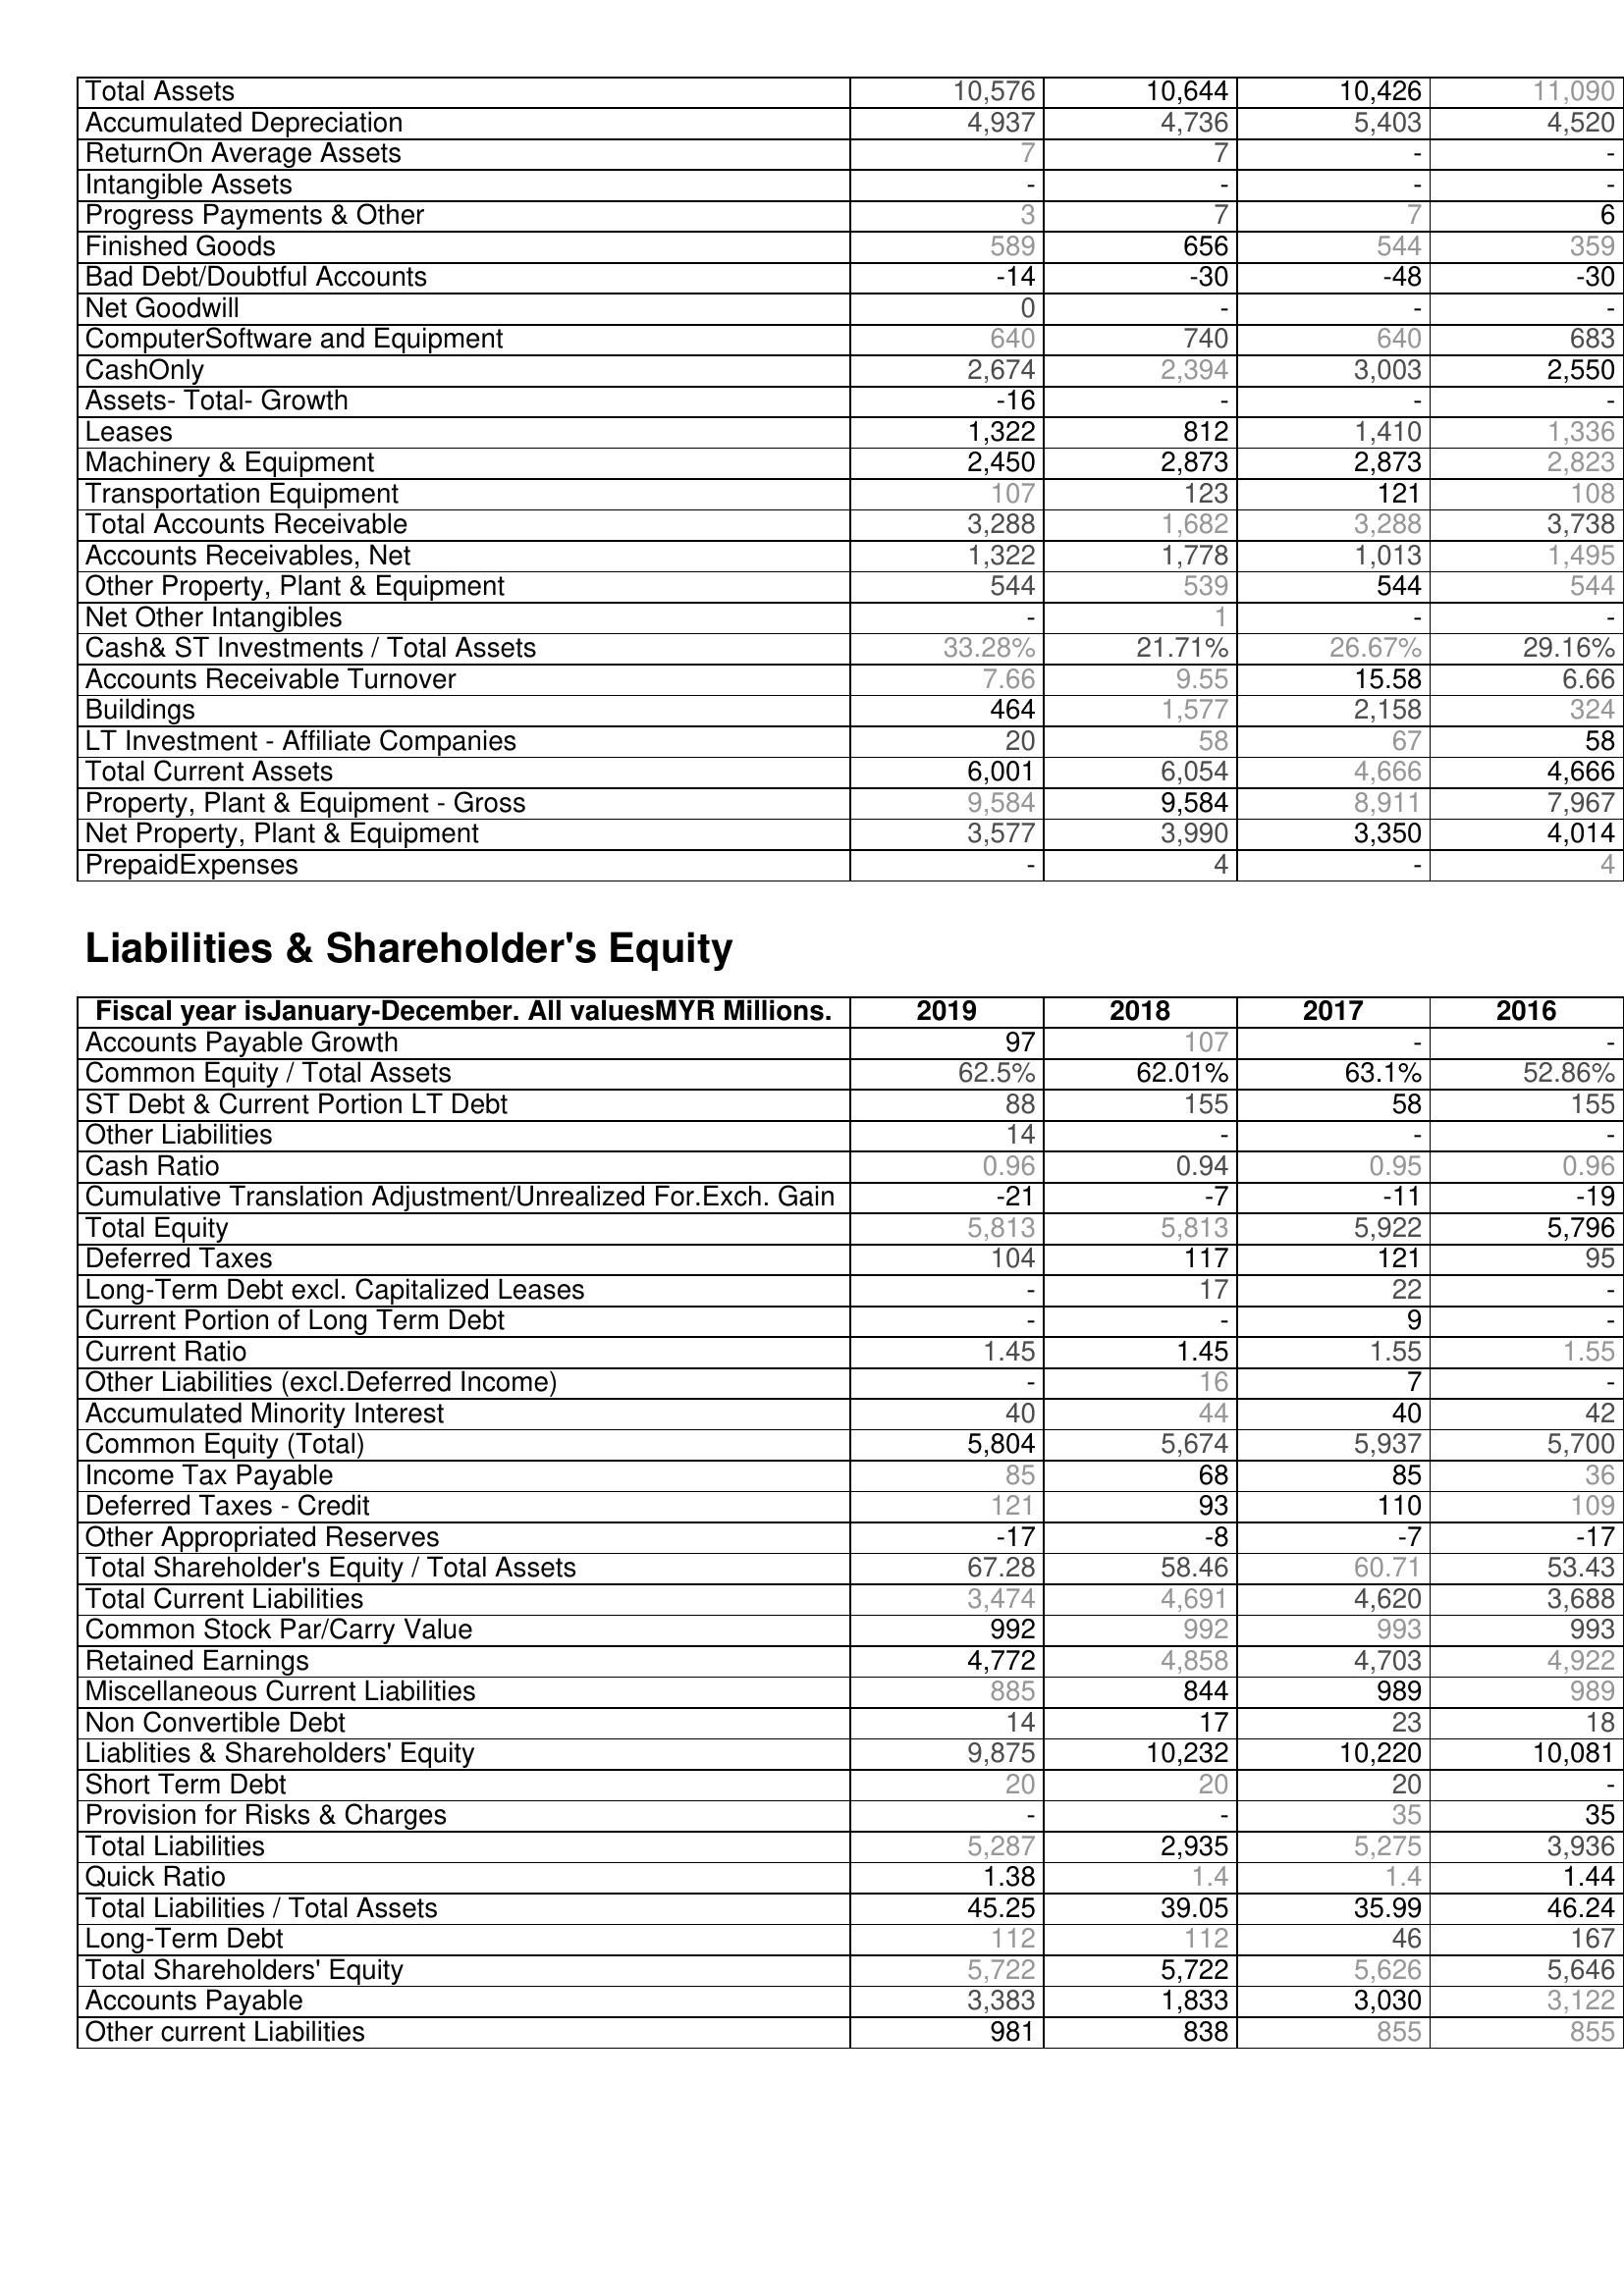
2019: Assets: Total Assets: 10,576
Accumulated Depreciation: 4,937
ReturnOn Average Assets: 7
Intangible Assets: -
Progress Payments & Other: 3
Finished Goods: 589
Bad Debt/Doubtful Accounts: -14
Net Goodwill: 0
ComputerSoftware and Equipment: 640
CashOnly: 2,674
Assets- Total- Growth: -16
Leases: 1,322
Machinery & Equipment: 2,450
Transportation Equipment: 107
Total Accounts Receivable: 3,288
Accounts Receivables, Net: 1,322
Other Property, Plant & Equipment: 544
Net Other Intangibles: -
Cash& ST Investments / Total Assets: 33.28%
Accounts Receivable Turnover: 7.66
Buildings: 464
LT Investment - Affiliate Companies: 20
Total Current Assets: 6,001
Property, Plant & Equipment - Gross : 9,584
Net Property, Plant & Equipment: 3,577
PrepaidExpenses: -
Liabilities & Shareholder's Equity: Accounts Payable Growth: 97
Common Equity / Total Assets: 62.5%
ST Debt & Current Portion LT Debt: 88
Other Liabilities: 14
Cash Ratio: 0.96
Cumulative Translation Adjustment/Unrealized For.Exch. Gain: -21
Total Equity: 5,813
Deferred Taxes: 104
Long-Term Debt excl. Capitalized Leases: -
Current Portion of Long Term Debt: -
Current Ratio: 1.45
Other Liabilities (excl.Deferred Income): -
Accumulated Minority Interest: 40
Common Equity (Total): 5,804
Income Tax Payable: 85
Deferred Taxes - Credit: 121
Other Appropriated Reserves: -17
Total Shareholder's Equity / Total Assets: 67.28
Total Current Liabilities: 3,474
Common Stock Par/Carry Value: 992
Retained Earnings: 4,772
Miscellaneous Current Liabilities: 885
Non Convertible Debt: 14
Liablities & Shareholders' Equity: 9,875
Short Term Debt: 20
Provision for Risks & Charges: -
Total Liabilities: 5,287
Quick Ratio: 1.38
Total Liabilities / Total Assets: 45.25
Long-Term Debt: 112
Total Shareholders' Equity: 5,722
Accounts Payable: 3,383
Other current Liabilities: 981
2018: Assets: Total Assets: 10,644
Accumulated Depreciation: 4,736
ReturnOn Average Assets: 7
Intangible Assets: -
Progress Payments & Other: 7
Finished Goods: 656
Bad Debt/Doubtful Accounts: -30
Net Goodwill: -
ComputerSoftware and Equipment: 740
CashOnly: 2,394
Assets- Total- Growth: -
Leases: 812
Machinery & Equipment: 2,873
Transportation Equipment: 123
Total Accounts Receivable: 1,682
Accounts Receivables, Net: 1,778
Other Property, Plant & Equipment: 539
Net Other Intangibles: 1
Cash& ST Investments / Total Assets: 21.71%
Accounts Receivable Turnover: 9.55
Buildings: 1,577
LT Investment - Affiliate Companies: 58
Total Current Assets: 6,054
Property, Plant & Equipment - Gross : 9,584
Net Property, Plant & Equipment: 3,990
PrepaidExpenses: 4
Liabilities & Shareholder's Equity: Accounts Payable Growth: 107
Common Equity / Total Assets: 62.01%
ST Debt & Current Portion LT Debt: 155
Other Liabilities: -
Cash Ratio: 0.94
Cumulative Translation Adjustment/Unrealized For.Exch. Gain: -7
Total Equity: 5,813
Deferred Taxes: 117
Long-Term Debt excl. Capitalized Leases: 17
Current Portion of Long Term Debt: -
Current Ratio: 1.45
Other Liabilities (excl.Deferred Income): 16
Accumulated Minority Interest: 44
Common Equity (Total): 5,674
Income Tax Payable: 68
Deferred Taxes - Credit: 93
Other Appropriated Reserves: -8
Total Shareholder's Equity / Total Assets: 58.46
Total Current Liabilities: 4,691
Common Stock Par/Carry Value: 992
Retained Earnings: 4,858
Miscellaneous Current Liabilities: 844
Non Convertible Debt: 17
Liablities & Shareholders' Equity: 10,232
Short Term Debt: 20
Provision for Risks & Charges: -
Total Liabilities: 2,935
Quick Ratio: 1.4
Total Liabilities / Total Assets: 39.05
Long-Term Debt: 112
Total Shareholders' Equity: 5,722
Accounts Payable: 1,833
Other current Liabilities: 838
2017: Assets: Total Assets: 10,426
Accumulated Depreciation: 5,403
ReturnOn Average Assets: -
Intangible Assets: -
Progress Payments & Other: 7
Finished Goods: 544
Bad Debt/Doubtful Accounts: -48
Net Goodwill: -
ComputerSoftware and Equipment: 640
CashOnly: 3,003
Assets- Total- Growth: -
Leases: 1,410
Machinery & Equipment: 2,873
Transportation Equipment: 121
Total Accounts Receivable: 3,288
Accounts Receivables, Net: 1,013
Other Property, Plant & Equipment: 544
Net Other Intangibles: -
Cash& ST Investments / Total Assets: 26.67%
Accounts Receivable Turnover: 15.58
Buildings: 2,158
LT Investment - Affiliate Companies: 67
Total Current Assets: 4,666
Property, Plant & Equipment - Gross : 8,911
Net Property, Plant & Equipment: 3,350
PrepaidExpenses: -
Liabilities & Shareholder's Equity: Accounts Payable Growth: -
Common Equity / Total Assets: 63.1%
ST Debt & Current Portion LT Debt: 58
Other Liabilities: -
Cash Ratio: 0.95
Cumulative Translation Adjustment/Unrealized For.Exch. Gain: -11
Total Equity: 5,922
Deferred Taxes: 121
Long-Term Debt excl. Capitalized Leases: 22
Current Portion of Long Term Debt: 9
Current Ratio: 1.55
Other Liabilities (excl.Deferred Income): 7
Accumulated Minority Interest: 40
Common Equity (Total): 5,937
Income Tax Payable: 85
Deferred Taxes - Credit: 110
Other Appropriated Reserves: -7
Total Shareholder's Equity / Total Assets: 60.71
Total Current Liabilities: 4,620
Common Stock Par/Carry Value: 993
Retained Earnings: 4,703
Miscellaneous Current Liabilities: 989
Non Convertible Debt: 23
Liablities & Shareholders' Equity: 10,220
Short Term Debt: 20
Provision for Risks & Charges: 35
Total Liabilities: 5,275
Quick Ratio: 1.4
Total Liabilities / Total Assets: 35.99
Long-Term Debt: 46
Total Shareholders' Equity: 5,626
Accounts Payable: 3,030
Other current Liabilities: 855
2016: Assets: Total Assets: 11,090
Accumulated Depreciation: 4,520
ReturnOn Average Assets: -
Intangible Assets: -
Progress Payments & Other: 6
Finished Goods: 359
Bad Debt/Doubtful Accounts: -30
Net Goodwill: -
ComputerSoftware and Equipment: 683
CashOnly: 2,550
Assets- Total- Growth: -
Leases: 1,336
Machinery & Equipment: 2,823
Transportation Equipment: 108
Total Accounts Receivable: 3,738
Accounts Receivables, Net: 1,495
Other Property, Plant & Equipment: 544
Net Other Intangibles: -
Cash& ST Investments / Total Assets: 29.16%
Accounts Receivable Turnover: 6.66
Buildings: 324
LT Investment - Affiliate Companies: 58
Total Current Assets: 4,666
Property, Plant & Equipment - Gross : 7,967
Net Property, Plant & Equipment: 4,014
PrepaidExpenses: 4
Liabilities & Shareholder's Equity: Accounts Payable Growth: -
Common Equity / Total Assets: 52.86%
ST Debt & Current Portion LT Debt: 155
Other Liabilities: -
Cash Ratio: 0.96
Cumulative Translation Adjustment/Unrealized For.Exch. Gain: -19
Total Equity: 5,796
Deferred Taxes: 95
Long-Term Debt excl. Capitalized Leases: -
Current Portion of Long Term Debt: -
Current Ratio: 1.55
Other Liabilities (excl.Deferred Income): -
Accumulated Minority Interest: 42
Common Equity (Total): 5,700
Income Tax Payable: 36
Deferred Taxes - Credit: 109
Other Appropriated Reserves: -17
Total Shareholder's Equity / Total Assets: 53.43
Total Current Liabilities: 3,688
Common Stock Par/Carry Value: 993
Retained Earnings: 4,922
Miscellaneous Current Liabilities: 989
Non Convertible Debt: 18
Liablities & Shareholders' Equity: 10,081
Short Term Debt: -
Provision for Risks & Charges: 35
Total Liabilities: 3,936
Quick Ratio: 1.44
Total Liabilities / Total Assets: 46.24
Long-Term Debt: 167
Total Shareholders' Equity: 5,646
Accounts Payable: 3,122
Other current Liabilities: 855